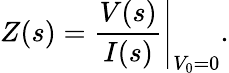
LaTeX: Z(s)=\left.{\frac{V(s)}{I(s)}}\right|_{V_{0}=0}.